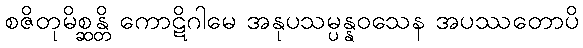
စဇိတုမိစ္ဆန္တိ ကောဋိဂါမေ အနုပသမ္ပန္နဝသေန အပဿတောပိ